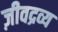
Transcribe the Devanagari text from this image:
ज़ीवद्रव्य